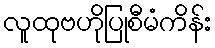
လူထုဗဟိုပြုစီမံကိန်း